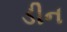
ડીન